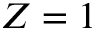
Z = 1